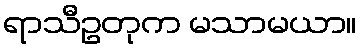
ရာသီဥတုက မသာမယာ။